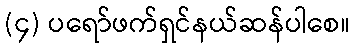
(၄) ပရော်ဖက်ရှင်နယ်ဆန်ပါစေ။